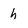
Character: h